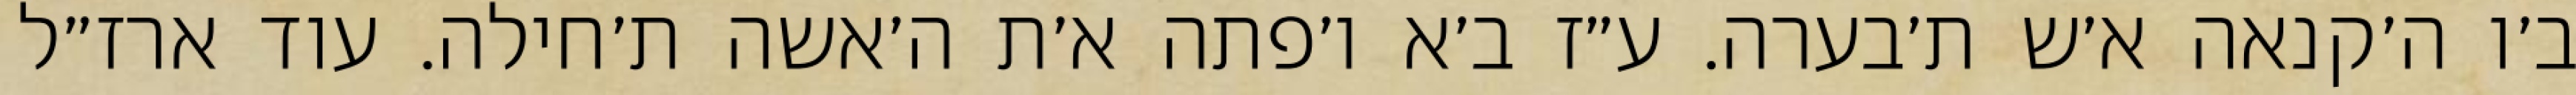
ב׳ו ה׳קנאה א׳ש ת׳בערה. ע״ז ב׳א ו׳פתה א׳ת ה׳אשה ת׳חילה. עוד ארז״ל